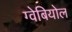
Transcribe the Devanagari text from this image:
ग्वेबियोल